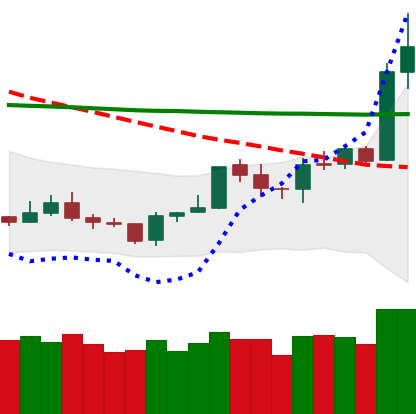
Ticker: TRX-USD
Chart end date: 2020-01-15
Forward return: -3.807%
Label: down_3_5